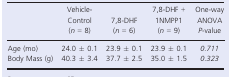
<table><thead><tr><td rowspan="2"></td><td><b>Vehicle‐Control</b></td><td><b>7,8‐DHF</b></td><td><b>7,8‐DHF + 1NMPP1</b></td><td><b>One‐way ANOVA</b></td></tr><tr><td><b>(<i>n</i> = 8)</b></td><td><b>(<i>n</i> = 6)</b></td><td><b>(<i>n</i> = 9)</b></td><td><b><i>P</i>‐value</b></td></tr></thead><tbody><tr><td>Age (mo)</td><td>24.0 ± 0.1</td><td>23.9 ± 0.1</td><td>23.9 ± 0.1</td><td><i>0.711</i></td></tr><tr><td>Body Mass (g)</td><td>40.3 ± 3.4</td><td>37.7 ± 2.5</td><td>35.0 ± 1.5</td><td><i>0.323</i></td></tr></tbody></table>